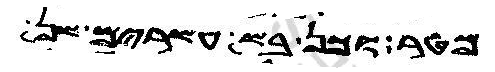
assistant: ואמר לון בר מאה ועסרים שתה